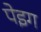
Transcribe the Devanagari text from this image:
पेइग